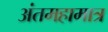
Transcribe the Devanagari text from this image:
अंतमहामात्र